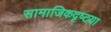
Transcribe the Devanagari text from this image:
सामाजिकदृष्‍टया